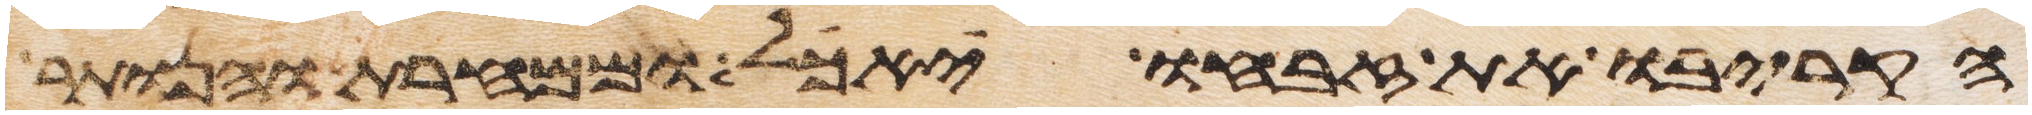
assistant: הקריבו את זבחו יאכל וממחרת והנותר